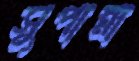
সুপান্না